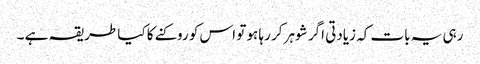
رہی یہ بات کہ زیادتی اگر شوہر کر رہا ہو تو اس کو روکنے کا کیا طریقہ ہے ۔